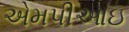
એમપીઆઇ